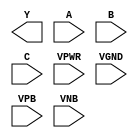
module sky130_fd_sc_ls__nor3 (
    Y   ,
    A   ,
    B   ,
    C   ,
    VPWR,
    VGND,
    VPB ,
    VNB
);

    output Y   ;
    input  A   ;
    input  B   ;
    input  C   ;
    input  VPWR;
    input  VGND;
    input  VPB ;
    input  VNB ;
endmodule